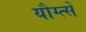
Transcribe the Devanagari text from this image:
यौग्त्से